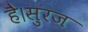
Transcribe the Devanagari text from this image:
है।सुरज